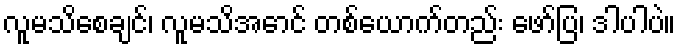
လူမသိစေချင်၊ လူမသိအောင် တစ်ယောက်တည်း ဖော်ပြ၊ ဒါပါပဲ။